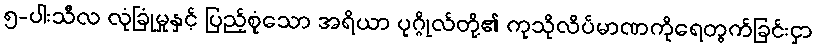
၅-ပါးသီလ လုံခြုံမှုနှင့် ပြည့်စုံသော အရိယာ ပုဂ္ဂိုလ်တို့၏ ကုသိုလိပ်မာဏကိုရေတွက်ခြင်းငှာ